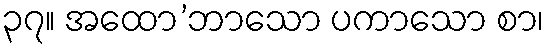
၃၇။ အထော’ဘာသော ပကာသော စာ၊